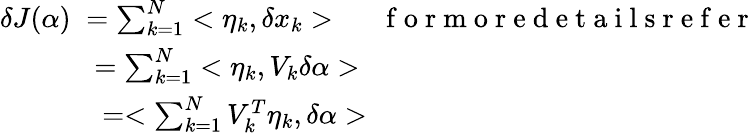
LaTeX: \begin{array}{l}{\delta J(\alpha)\; =\sum_{k=1}^{N}<\eta_{k},\delta x_{k}>\; \; \; \mathrm{~\; ~f~o~r~m~o~r~e~d~e~t~a~i~l~s~r~e~f~e~r~}}\\ {\; \; \; \; \; \; \; \; \; \; \; \; =\sum_{k=1}^{N}<\eta_{k},V_{k}\delta\alpha>}\\ {\; \; \; \; \; \; \; \; \; \; \; \; \; =<\sum_{k=1}^{N}V_{k}^{T}\eta_{k},\delta\alpha>}\end{array}